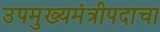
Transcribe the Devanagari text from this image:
उपमुख्यमंत्रीपदाचा